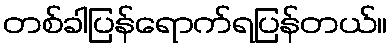
တစ်ခါပြန်ရောက်ရပြန်တယ်။